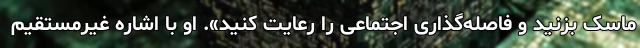
ماسک بزنید و فاصله‌گذاری اجتماعی را رعایت کنید». او با اشاره غیرمستقیم